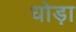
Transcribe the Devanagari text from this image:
धोड़ा